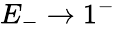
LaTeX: E_{-}\to 1^{-}